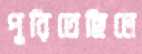
পুরিতেছিলে